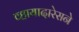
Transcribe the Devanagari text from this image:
व्हायादारेसने